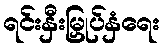
ရင်းနှီးမြှုပ်နှံရေး